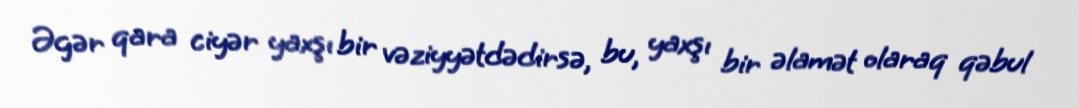
Əgər qara ciyər yaxşı bir vəziyyətdədirsə, bu, yaxşı bir əlamət olaraq qəbul